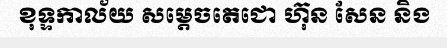
ខុទ្ទកាល័យ សម្តេចតេជោ ហ៊ុន សែន និង